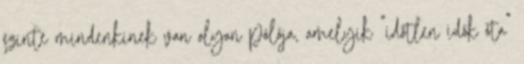
szinte mindenkinek van olyan pólója, amelyik "időtlen idők óta"